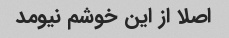
اصلا از این خوشم نیومد